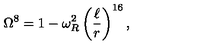
\Omega ^ { 8 } = 1 - \omega _ { R } ^ { 2 } \left( \frac { \ell } { r } \right) ^ { 1 6 } ,